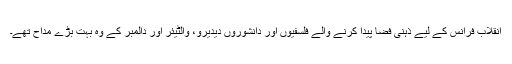
انقلاب فرانس کے لیے ذہنی فضا پیدا کرنے والے فلسفیوں اور دانشوروں دیدیرو، والٹیئر اور دالمبر کے وہ بہت بڑے مداح تھے۔